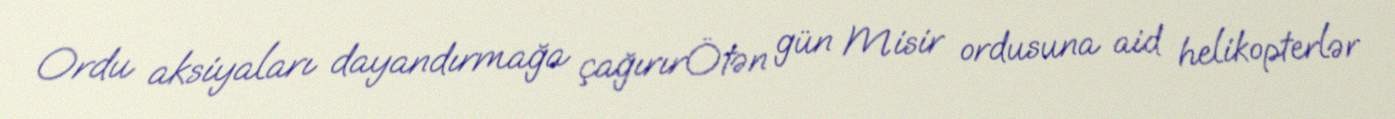
Ordu aksiyaları dayandırmağa çağırırÖtən gün Misir ordusuna aid helikopterlər